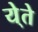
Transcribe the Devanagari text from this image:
ये्ते